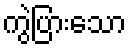
ကွဲပြားသော